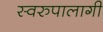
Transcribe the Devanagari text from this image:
स्वरुपालागी